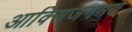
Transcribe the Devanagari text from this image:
आक्सिजनमय